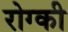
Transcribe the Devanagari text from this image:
रोग्की